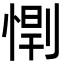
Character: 𫺥